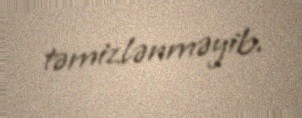
təmizlənməyib.